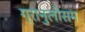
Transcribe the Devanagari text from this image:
ग्रानुलोसम